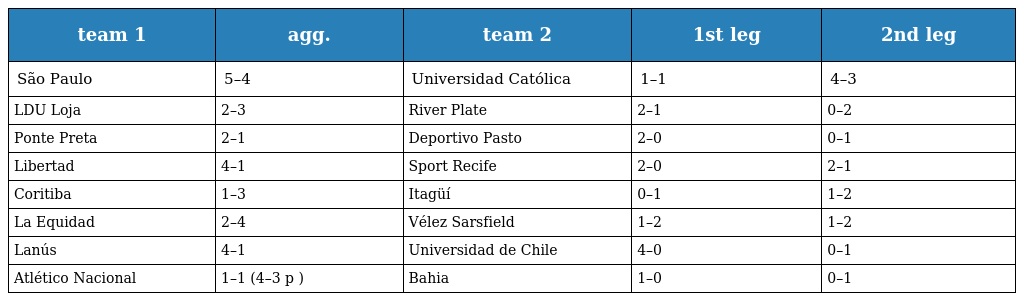
| team 1 | agg. | team 2 | 1st leg | 2nd leg |
 | --- | --- | --- | --- | --- |
 | São Paulo | 5–4 | Universidad Católica | 1–1 | 4–3 |
 | LDU Loja | 2–3 | River Plate | 2–1 | 0–2 |
 | Ponte Preta | 2–1 | Deportivo Pasto | 2–0 | 0–1 |
 | Libertad | 4–1 | Sport Recife | 2–0 | 2–1 |
 | Coritiba | 1–3 | Itagüí | 0–1 | 1–2 |
 | La Equidad | 2–4 | Vélez Sarsfield | 1–2 | 1–2 |
 | Lanús | 4–1 | Universidad de Chile | 4–0 | 0–1 |
 | Atlético Nacional | 1–1 (4–3 p ) | Bahia | 1–0 | 0–1 |